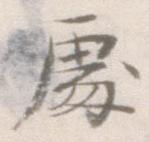
処